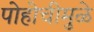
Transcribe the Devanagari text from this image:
पोहोचीमुळे